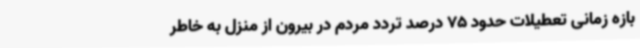
بازه زمانی تعطیلات حدود 75 درصد تردد مردم در بیرون از منزل به خاطر